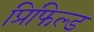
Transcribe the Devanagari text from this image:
प्रिफिल्ड